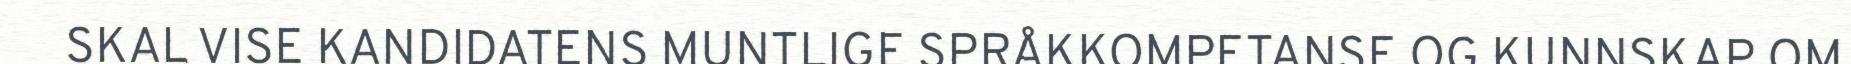
SKAL VISE KANDIDATENS MUNTLIGE SPRÅKKOMPETANSE OG KUNNSKAP OM